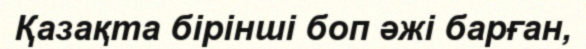
Қазақта бірінші боп әжі барған,